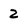
Character: 2